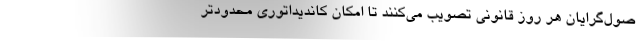
صول‌گرایان هر روز قانونی تصویب می‌کنند تا امکان کاندیداتوری محدودتر